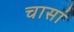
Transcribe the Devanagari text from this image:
चासां